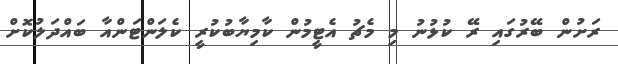
ރަށުން ބޭރުގައި ރޭ ކުޅުނު މި މެޗު އެޓީމުން ކާމިޔާބުކުރީ ކެލަންޓަންއާ ބައްދަލުކޮށް